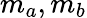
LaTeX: m_{a},m_{b}